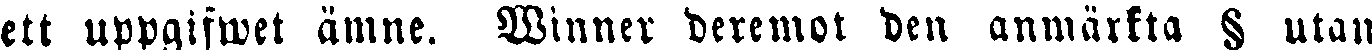
ett uppgifwet ämne. Winner deremot den anmärkta § utan